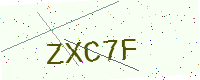
Text: ZXC7F